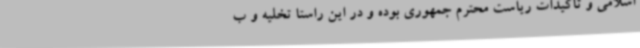
اسلامی و تاکیدات ریاست محترم جمهوری بوده و در این راستا تخلیه و ب